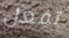
تفعل